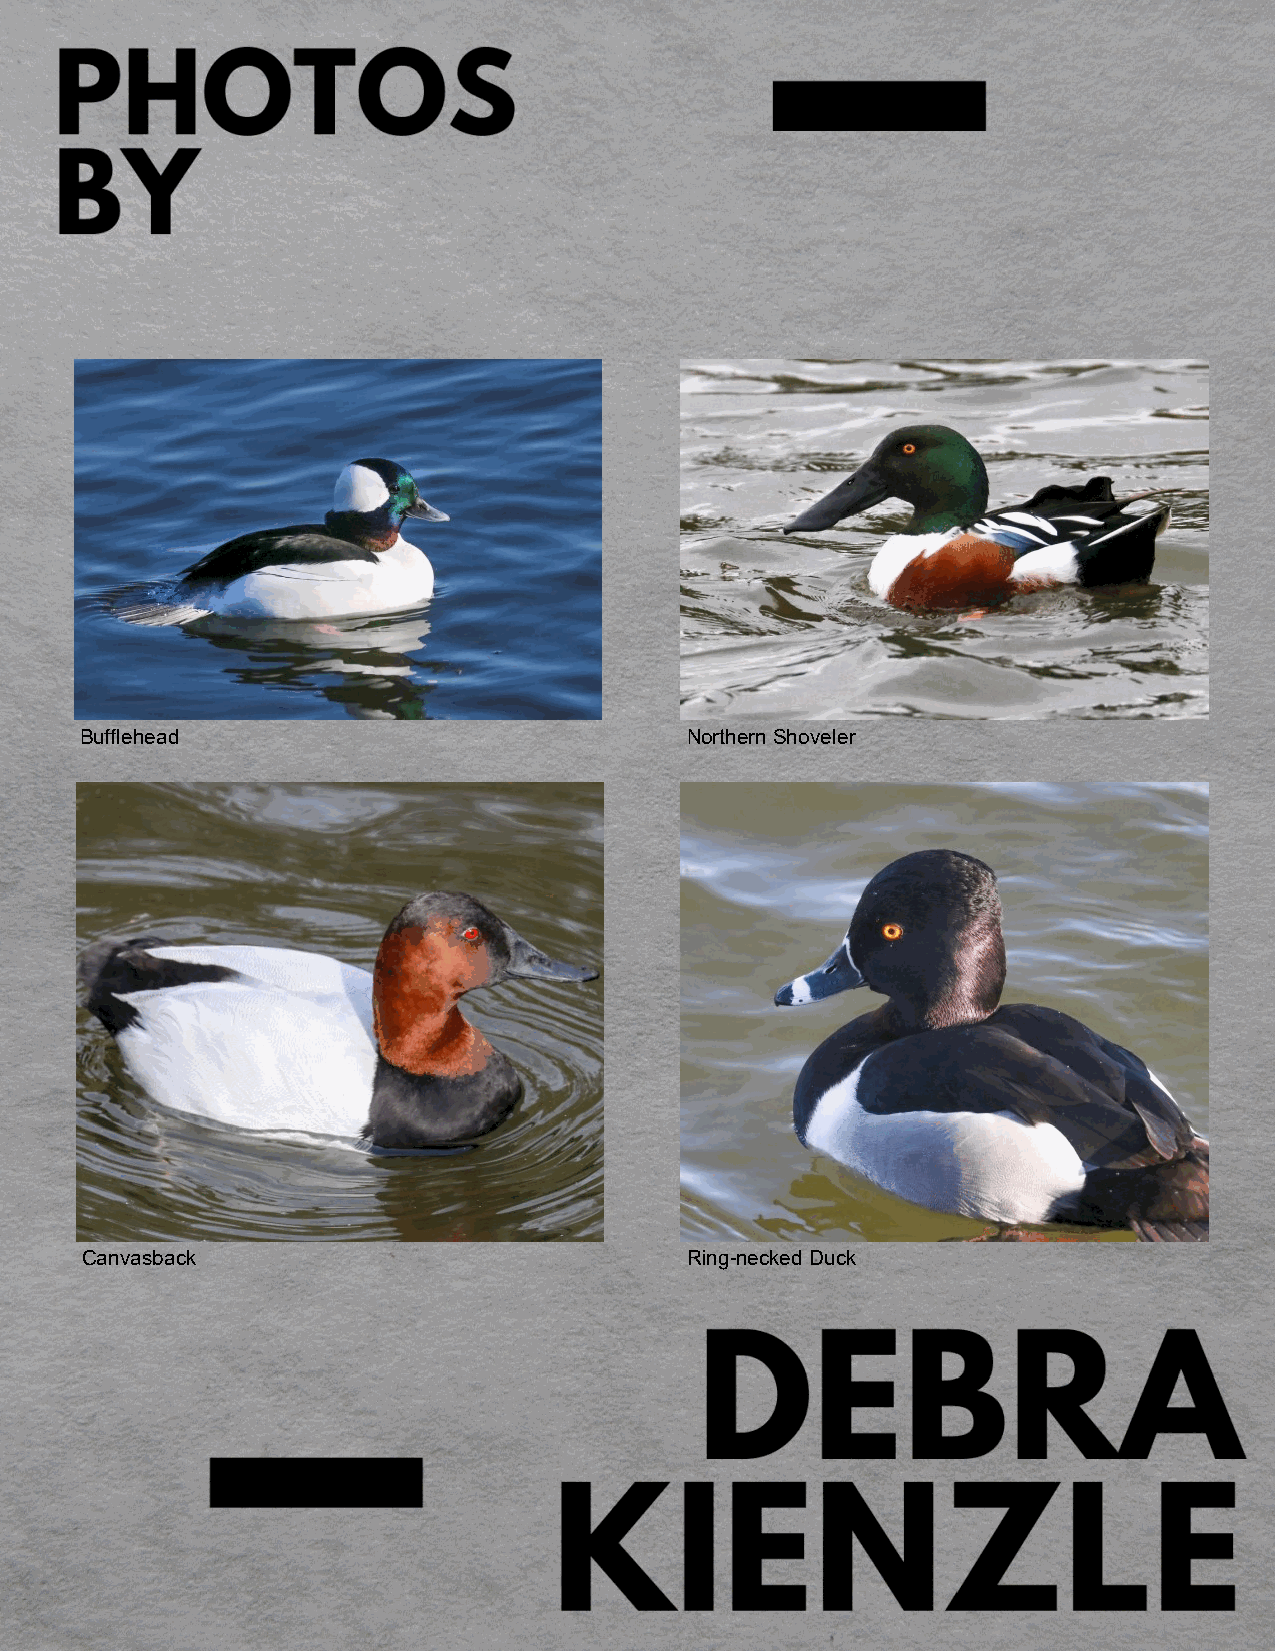
Bufflehead                              Northern Shoveler
 Canvasback                              Ring-necked Duck